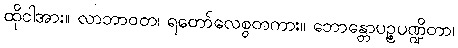
ထိုငါအား။ လာဘာဝတ၊ ရတော်လေစွတကား။ ဘောန္တောပဉ္စပဏ္ဍိတာ၊